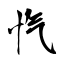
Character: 忾